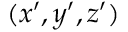
( x ^ { \prime } , y ^ { \prime } , z ^ { \prime } )